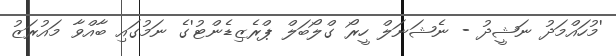
'މުހައްމަދު ނަޝީދު - ނެޝަނަލް ހީރޯ ގްލޯބަލް ޕްރެޒިޑެންޓު'ގެ ނަމުގައި ބާއްވާ މައުރަޒު